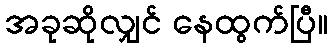
အခုဆိုလျှင် နေထွက်ပြီ။